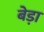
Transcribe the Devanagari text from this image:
बेडा़